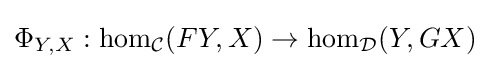
\Phi _{Y,X}:\mathrm {hom} _{\mathcal {C}}(FY,X)\to \mathrm {hom} _{\mathcal {D}}(Y,GX)